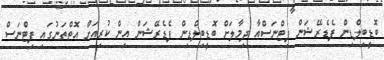
ބޮޑީބިލްޑިން ފެޑެރޭޝަން ފިޓްނަސްއާ ދިމާލަށް ބޮޑީބިލްޑިން ފެޑެރޭޝަން އިން ކުރިއަށް އޮތްތަނުގައި ފިޓްނަސް